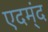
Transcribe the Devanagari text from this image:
एदम्ंद